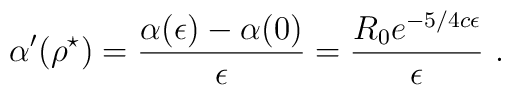
\alpha^\prime(\rho^\star)=\frac{\alpha(\epsilon)-\alpha(0)}{\epsilon}=\frac{R_0e^{-5/4c\epsilon}}{\epsilon}\ .